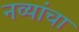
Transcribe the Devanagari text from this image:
नव्यांचा